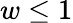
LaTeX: w\leq 1